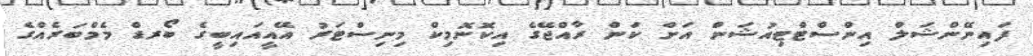
ފައިނޭންޝަލް އިންސްޓްޓިއުޝަން އަށް ކަން ރާއްޖޭގެ އިކޮނޮމިކް މިނިސްޓަރު އޭއީއައިބީގެ ބޯރޑް މެމްބަރެއްގެ